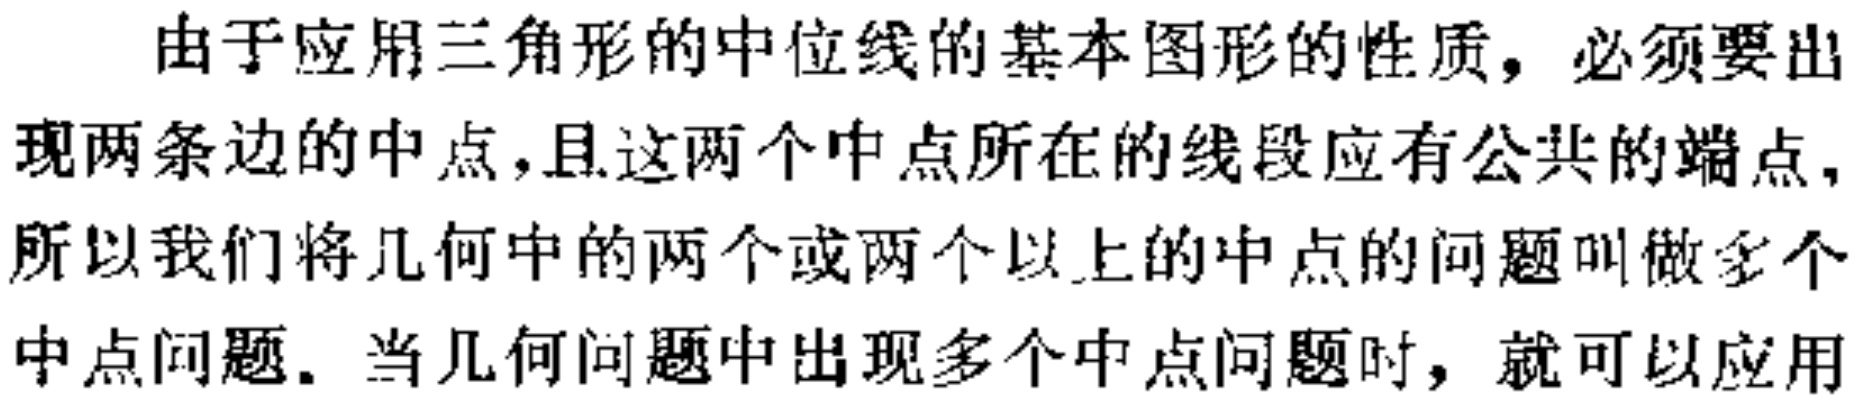
由于应用三角形的中位线的基本图形的性质，必须要出现两条边的中点，且这两个中点所在的线段应有公共的端点，所以我们将几何中的两个或两个以上的中点的问题叫做多个中点问题. 当几何问题中出现多个中点问题时，就可以应用